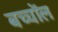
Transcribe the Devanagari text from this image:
बच्चोंल